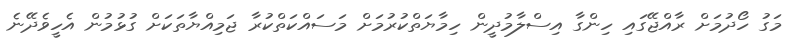
މަގު ހޯދުމަށް ރާއްޖޭގައި ހިންގާ އިސްލާމުދީން ހިމާޔަތްކުރުމަށް މަސައްކަތްކުރާ ޖަމިއްޔާތަކަށް ގުޅުމުން އެހީވެދޭނެ